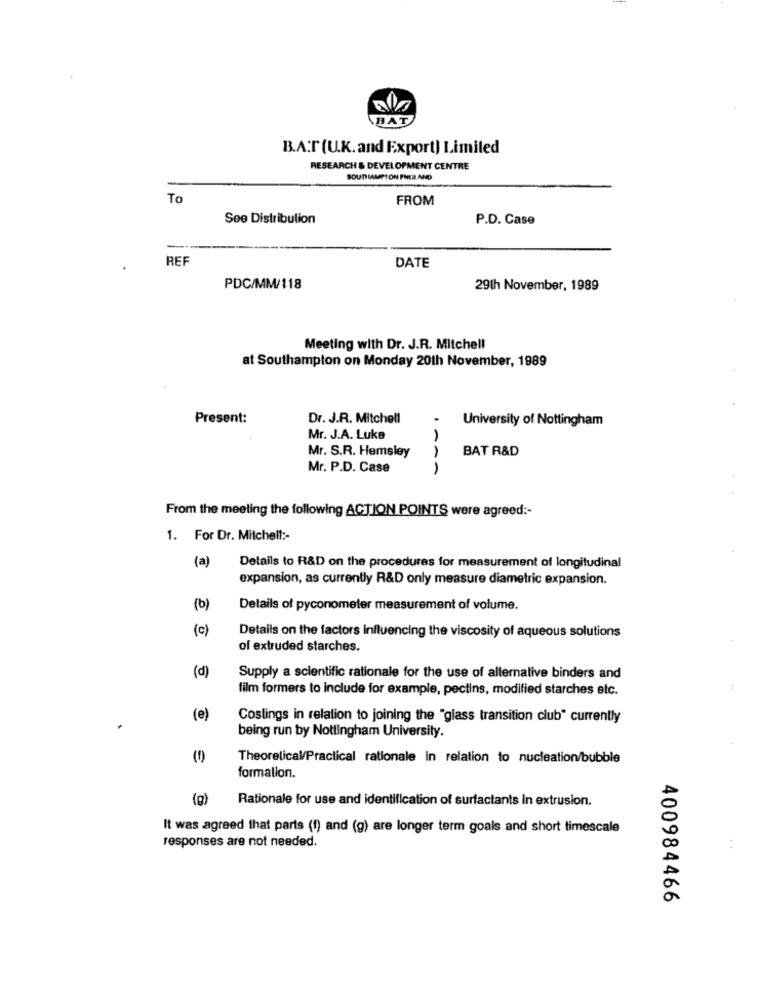
BAT
B.A.T (U.K. and Export) Limited
RESEARCH & DEVELOPMENT CENTRE
SOUTIMAMPION FNER AND
To
FROM
Soo Distribution
P.D. Case
REF
DATE
PDC/MM/118
29th November, 1989
Meeting with Dr. J.R. Mitchell
at Southampton on Monday 20th November, 1989
Present:
Dr. J.R. Mitchell
University of Nottingham
Mr. J.A. Luke
Mr. S.R. Hemsley
BAT R&D
Mr. P.D. Case
From the meeting the following ACTION POINTS were agreed :-
1. For Dr. Mitchell :-
(a)
Details to R&D on the procedures for measurement of longitudinal
expansion, as currently R&D only measure diametric expansion.
(b)
Details of pyconometer measurement of volume.
(c)
Details on the factors influencing the viscosity of aqueous solutions
of extruded starches.
(d)
Supply a scientific rationale for the use of alternative binders and
film formers to include for example, pectins, modified starches etc.
(e)
Costings in relation to joining the "glass transition club" currently
being run by Nottingham University.
(1)
Theoretical/Practical rationale in relation to nucleation/bubble
formalion.
(g)
Rationale for use and identification of surfactants in extrusion.
It was agreed that parts (1) and (g) are longer term goals and short timescale
responses are not needed.
400984466